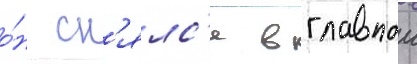
о́н сн'ялс'я в главнои